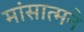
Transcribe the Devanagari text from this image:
मांसात्मने